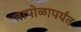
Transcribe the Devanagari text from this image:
तापोळापर्यंत